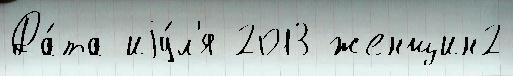
Да́та иjу́л'я 2013 женщин2